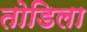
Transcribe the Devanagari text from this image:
तोडिला